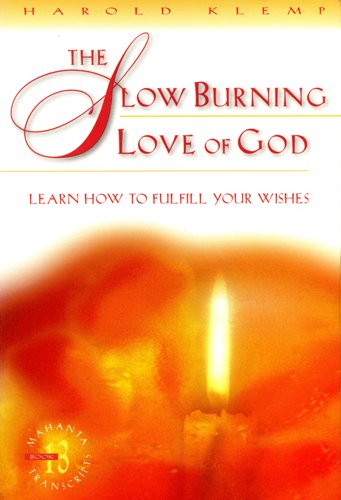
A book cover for The Slow Burning Love of God (Klemp, Harold. Mahanta Transcripts, Bk. 13.); Harold Klemp; Religion & Spirituality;